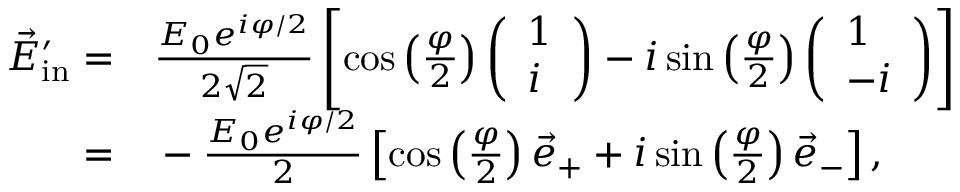
\begin{array} { r l } { \vec { E } _ { \mathrm { i n } } ^ { \prime } = } & { { } \frac { E _ { 0 } e ^ { i \varphi / 2 } } { 2 \sqrt 2 } \left[ \cos \left( \frac { \varphi } { 2 } \right) \left( \begin{array} { l } { 1 } \\ { i } \end{array} \right) - i \sin \left( \frac { \varphi } { 2 } \right) \left( \begin{array} { l } { 1 } \\ { - i } \end{array} \right) \right] } \\ { = } & { { } - \frac { E _ { 0 } e ^ { i \varphi / 2 } } { 2 } \left[ \cos \left( \frac { \varphi } { 2 } \right) \vec { e } _ { + } + i \sin \left( \frac { \varphi } { 2 } \right) \vec { e } _ { - } \right] , } \end{array}